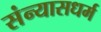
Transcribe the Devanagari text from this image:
संन्यासधर्म